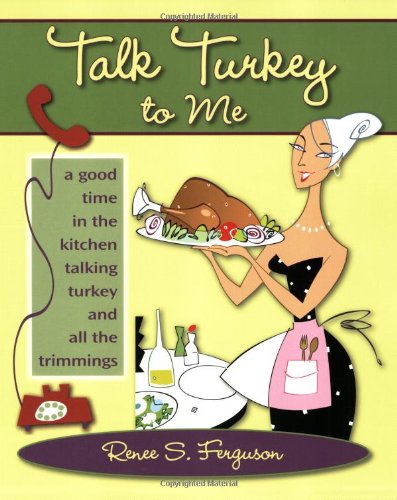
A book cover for Talk Turkey to Me: A Good Time in the Kitchen Talking Turkey and All the Trimmings; Renee S. Ferguson; Cookbooks, Food & Wine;